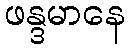
ဖန္ဒမာနေ